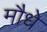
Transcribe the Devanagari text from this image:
मौधे